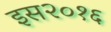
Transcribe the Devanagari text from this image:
इस२०१६